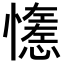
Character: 𢣖